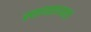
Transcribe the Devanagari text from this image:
स्वागताध्यक्ष।